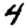
Digit: 4